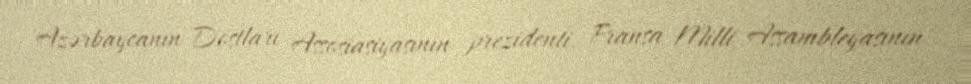
Azərbaycanın Dostları Assosiasiyasının prezidenti, Fransa Milli Assambleyasının